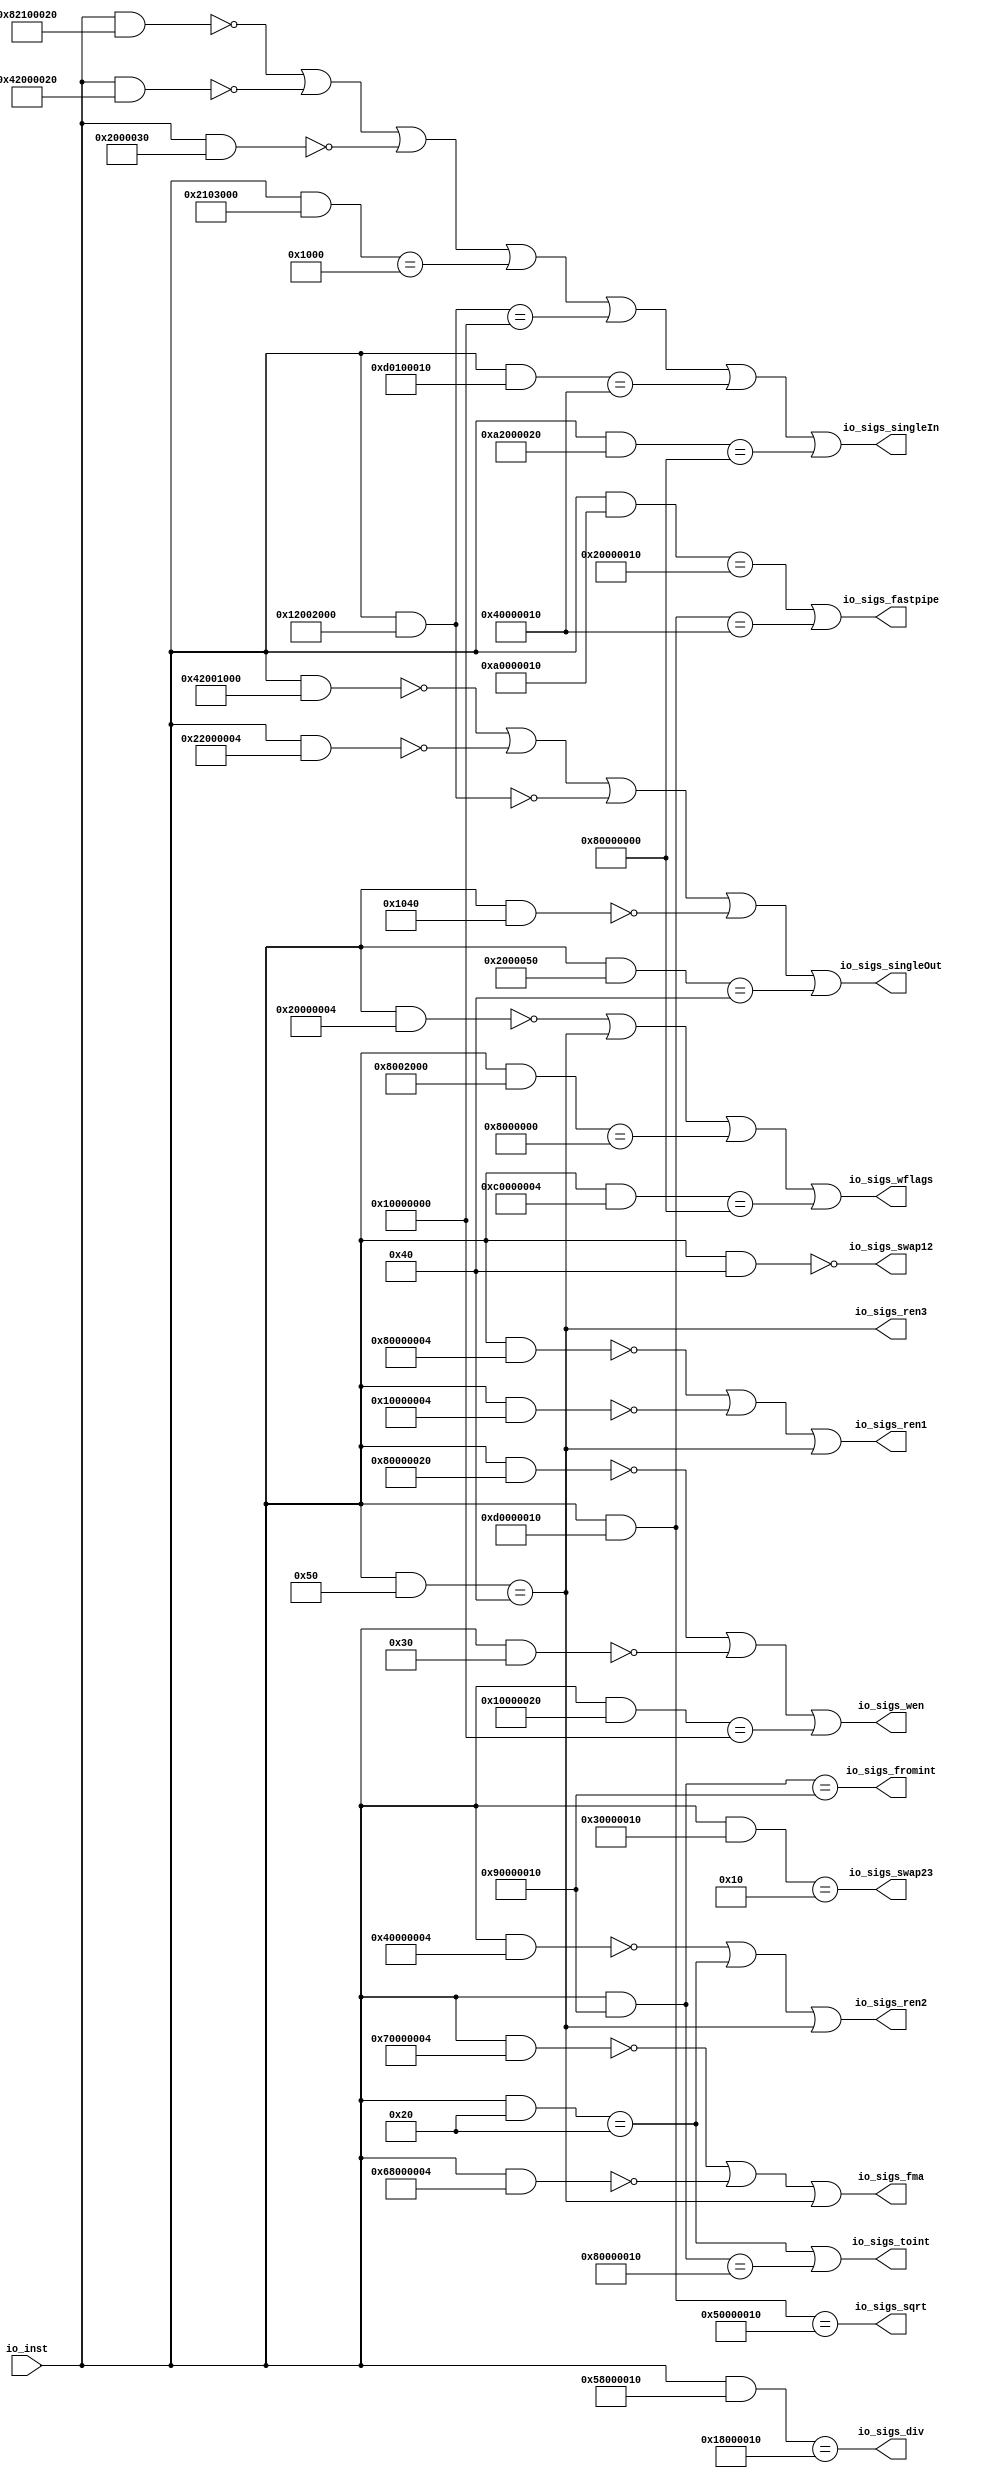
module FPUDecoder(
  input  [31:0] io_inst,
  output        io_sigs_wen,
  output        io_sigs_ren1,
  output        io_sigs_ren2,
  output        io_sigs_ren3,
  output        io_sigs_swap12,
  output        io_sigs_swap23,
  output        io_sigs_singleIn,
  output        io_sigs_singleOut,
  output        io_sigs_fromint,
  output        io_sigs_toint,
  output        io_sigs_fastpipe,
  output        io_sigs_fma,
  output        io_sigs_div,
  output        io_sigs_sqrt,
  output        io_sigs_wflags
);
  wire [31:0] _decoder_T = io_inst & 32'h40; // @[Decode.scala 14:65]
  wire [31:0] _decoder_T_2 = io_inst & 32'h80000020; // @[Decode.scala 14:65]
  wire  _decoder_T_3 = _decoder_T_2 == 32'h0; // @[Decode.scala 14:121]
  wire [31:0] _decoder_T_4 = io_inst & 32'h30; // @[Decode.scala 14:65]
  wire  _decoder_T_5 = _decoder_T_4 == 32'h0; // @[Decode.scala 14:121]
  wire [31:0] _decoder_T_6 = io_inst & 32'h10000020; // @[Decode.scala 14:65]
  wire  _decoder_T_7 = _decoder_T_6 == 32'h10000000; // @[Decode.scala 14:121]
  wire [31:0] _decoder_T_10 = io_inst & 32'h80000004; // @[Decode.scala 14:65]
  wire  _decoder_T_11 = _decoder_T_10 == 32'h0; // @[Decode.scala 14:121]
  wire [31:0] _decoder_T_12 = io_inst & 32'h10000004; // @[Decode.scala 14:65]
  wire  _decoder_T_13 = _decoder_T_12 == 32'h0; // @[Decode.scala 14:121]
  wire [31:0] _decoder_T_14 = io_inst & 32'h50; // @[Decode.scala 14:65]
  wire  decoder_4 = _decoder_T_14 == 32'h40; // @[Decode.scala 14:121]
  wire [31:0] _decoder_T_18 = io_inst & 32'h40000004; // @[Decode.scala 14:65]
  wire  _decoder_T_19 = _decoder_T_18 == 32'h0; // @[Decode.scala 14:121]
  wire [31:0] _decoder_T_20 = io_inst & 32'h20; // @[Decode.scala 14:65]
  wire  _decoder_T_21 = _decoder_T_20 == 32'h20; // @[Decode.scala 14:121]
  wire [31:0] _decoder_T_24 = io_inst & 32'h30000010; // @[Decode.scala 14:65]
  wire [31:0] _decoder_T_26 = io_inst & 32'h82100020; // @[Decode.scala 14:65]
  wire  _decoder_T_27 = _decoder_T_26 == 32'h0; // @[Decode.scala 14:121]
  wire [31:0] _decoder_T_28 = io_inst & 32'h42000020; // @[Decode.scala 14:65]
  wire  _decoder_T_29 = _decoder_T_28 == 32'h0; // @[Decode.scala 14:121]
  wire [31:0] _decoder_T_30 = io_inst & 32'h2000030; // @[Decode.scala 14:65]
  wire  _decoder_T_31 = _decoder_T_30 == 32'h0; // @[Decode.scala 14:121]
  wire [31:0] _decoder_T_32 = io_inst & 32'h2103000; // @[Decode.scala 14:65]
  wire  _decoder_T_33 = _decoder_T_32 == 32'h1000; // @[Decode.scala 14:121]
  wire [31:0] _decoder_T_34 = io_inst & 32'h12002000; // @[Decode.scala 14:65]
  wire  _decoder_T_35 = _decoder_T_34 == 32'h10000000; // @[Decode.scala 14:121]
  wire [31:0] _decoder_T_36 = io_inst & 32'hd0100010; // @[Decode.scala 14:65]
  wire  _decoder_T_37 = _decoder_T_36 == 32'h40000010; // @[Decode.scala 14:121]
  wire [31:0] _decoder_T_38 = io_inst & 32'ha2000020; // @[Decode.scala 14:65]
  wire  _decoder_T_39 = _decoder_T_38 == 32'h80000000; // @[Decode.scala 14:121]
  wire [31:0] _decoder_T_46 = io_inst & 32'h42001000; // @[Decode.scala 14:65]
  wire  _decoder_T_47 = _decoder_T_46 == 32'h0; // @[Decode.scala 14:121]
  wire [31:0] _decoder_T_48 = io_inst & 32'h22000004; // @[Decode.scala 14:65]
  wire  _decoder_T_49 = _decoder_T_48 == 32'h0; // @[Decode.scala 14:121]
  wire  _decoder_T_51 = _decoder_T_34 == 32'h0; // @[Decode.scala 14:121]
  wire [31:0] _decoder_T_52 = io_inst & 32'h1040; // @[Decode.scala 14:65]
  wire  _decoder_T_53 = _decoder_T_52 == 32'h0; // @[Decode.scala 14:121]
  wire [31:0] _decoder_T_54 = io_inst & 32'h2000050; // @[Decode.scala 14:65]
  wire  _decoder_T_55 = _decoder_T_54 == 32'h40; // @[Decode.scala 14:121]
  wire [31:0] _decoder_T_60 = io_inst & 32'h90000010; // @[Decode.scala 14:65]
  wire  _decoder_T_63 = _decoder_T_60 == 32'h80000010; // @[Decode.scala 14:121]
  wire [31:0] _decoder_T_65 = io_inst & 32'ha0000010; // @[Decode.scala 14:65]
  wire  _decoder_T_66 = _decoder_T_65 == 32'h20000010; // @[Decode.scala 14:121]
  wire [31:0] _decoder_T_67 = io_inst & 32'hd0000010; // @[Decode.scala 14:65]
  wire  _decoder_T_68 = _decoder_T_67 == 32'h40000010; // @[Decode.scala 14:121]
  wire [31:0] _decoder_T_70 = io_inst & 32'h70000004; // @[Decode.scala 14:65]
  wire  _decoder_T_71 = _decoder_T_70 == 32'h0; // @[Decode.scala 14:121]
  wire [31:0] _decoder_T_72 = io_inst & 32'h68000004; // @[Decode.scala 14:65]
  wire  _decoder_T_73 = _decoder_T_72 == 32'h0; // @[Decode.scala 14:121]
  wire [31:0] _decoder_T_76 = io_inst & 32'h58000010; // @[Decode.scala 14:65]
  wire [31:0] _decoder_T_80 = io_inst & 32'h20000004; // @[Decode.scala 14:65]
  wire  _decoder_T_81 = _decoder_T_80 == 32'h0; // @[Decode.scala 14:121]
  wire [31:0] _decoder_T_82 = io_inst & 32'h8002000; // @[Decode.scala 14:65]
  wire  _decoder_T_83 = _decoder_T_82 == 32'h8000000; // @[Decode.scala 14:121]
  wire [31:0] _decoder_T_84 = io_inst & 32'hc0000004; // @[Decode.scala 14:65]
  wire  _decoder_T_85 = _decoder_T_84 == 32'h80000000; // @[Decode.scala 14:121]
  assign io_sigs_wen = (_decoder_T_3 | _decoder_T_5) | _decoder_T_7; // @[Decode.scala 15:30]
  assign io_sigs_ren1 = (_decoder_T_11 | _decoder_T_13) | decoder_4; // @[Decode.scala 15:30]
  assign io_sigs_ren2 = (_decoder_T_19 | _decoder_T_21) | decoder_4; // @[Decode.scala 15:30]
  assign io_sigs_ren3 = _decoder_T_14 == 32'h40; // @[Decode.scala 14:121]
  assign io_sigs_swap12 = _decoder_T == 32'h0; // @[Decode.scala 14:121]
  assign io_sigs_swap23 = _decoder_T_24 == 32'h10; // @[Decode.scala 14:121]
  assign io_sigs_singleIn = (((((_decoder_T_27 | _decoder_T_29) | _decoder_T_31) | _decoder_T_33) | _decoder_T_35) |
    _decoder_T_37) | _decoder_T_39; // @[Decode.scala 15:30]
  assign io_sigs_singleOut = (((_decoder_T_47 | _decoder_T_49) | _decoder_T_51) | _decoder_T_53) | _decoder_T_55; // @[Decode.scala 15:30]
  assign io_sigs_fromint = _decoder_T_60 == 32'h90000010; // @[Decode.scala 14:121]
  assign io_sigs_toint = _decoder_T_21 | _decoder_T_63; // @[Decode.scala 15:30]
  assign io_sigs_fastpipe = _decoder_T_66 | _decoder_T_68; // @[Decode.scala 15:30]
  assign io_sigs_fma = (_decoder_T_71 | _decoder_T_73) | decoder_4; // @[Decode.scala 15:30]
  assign io_sigs_div = _decoder_T_76 == 32'h18000010; // @[Decode.scala 14:121]
  assign io_sigs_sqrt = _decoder_T_67 == 32'h50000010; // @[Decode.scala 14:121]
  assign io_sigs_wflags = ((_decoder_T_81 | decoder_4) | _decoder_T_83) | _decoder_T_85; // @[Decode.scala 15:30]
endmodule